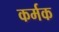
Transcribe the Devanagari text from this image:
कर्मक